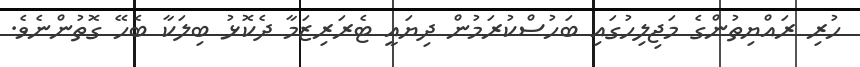
ހުރި ރައްޔިތުންގެ މަޖިލިހުގައި ބަހުސްކުރަމުން ދިޔައީ ޓެރަރިޒަމާ ދެކޮޅު ބިލަކާ ބެހޭ ގޮތުންނެވެ.